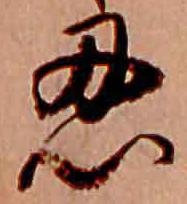
忍